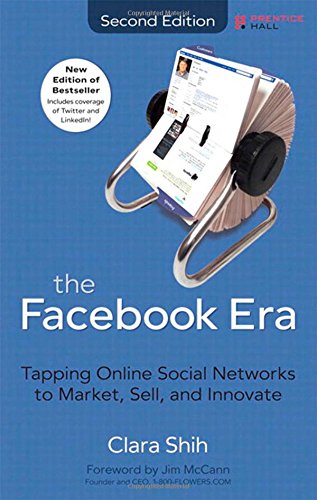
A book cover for The Facebook Era: Tapping Online Social Networks to Market, Sell, and Innovate (2nd Edition); Clara Shih; Computers & Technology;